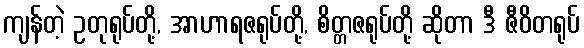
ကျန်တဲ့ ဥတုရုပ်တို့, အာဟာရဇရုပ်တို့, စိတ္တဇရုပ်တို့ ဆိုတာ ဒီ ဇီဝိတရုပ်